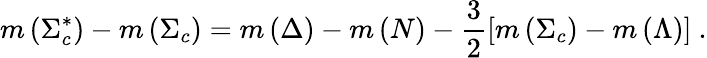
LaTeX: m\left(\Sigma_{c}^{\ast}\right)-m\left(\Sigma_{c}\right)=m\left(\Delta\right)-m\left(N\right)-\frac{3}{2}\left[m\left(\Sigma_{c}\right)-m\left(\Lambda\right)\right]\ .